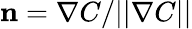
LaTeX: \mathbf{n}=\nabla C/||\nabla C||